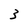
Character: 3